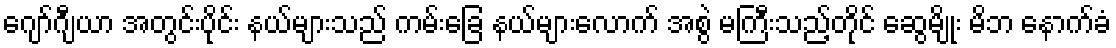
ဂျော်ဂျီယာ အတွင်းပိုင်း နယ်များသည် ကမ်းခြေ နယ်များလောက် အစွဲ မကြီးသည့်တိုင် ဆွေမျိုး မိဘ နောက်ခံ